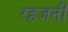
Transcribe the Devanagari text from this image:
रहजनी